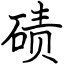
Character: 碛